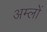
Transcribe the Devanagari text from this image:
अम्‍लों